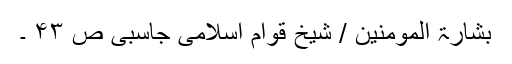
بشارۃ المومنین / شیخ قوام اسلامی جاسبی ص ۴۳ ۔